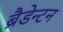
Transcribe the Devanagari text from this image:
ब्रैडेन्टन